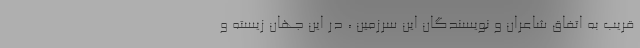
قریب به اتفاق شاعران و نویسندگان این سرزمین ، در این جهان زیسته و